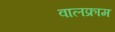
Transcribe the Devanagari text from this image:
वालफ्राम